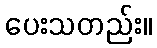
ပေးသတည်း။